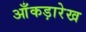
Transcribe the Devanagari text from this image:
आँकड़ारेख